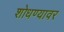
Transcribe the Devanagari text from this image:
शोधण्यावर